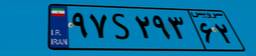
۹۷S۲۹۳۶۲